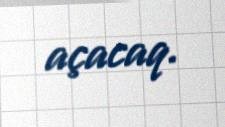
açacaq.